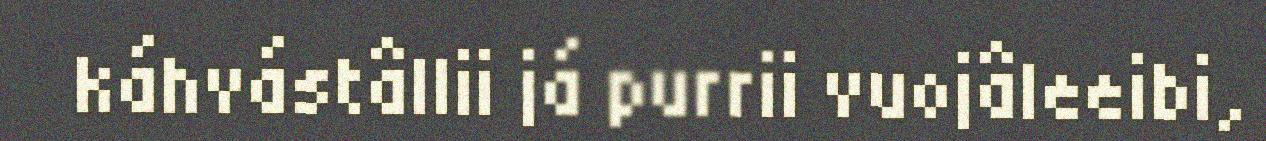
káhvástâllii já purrii vuojâleeibi,